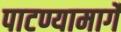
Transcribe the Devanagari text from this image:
पाटण्यामार्गे